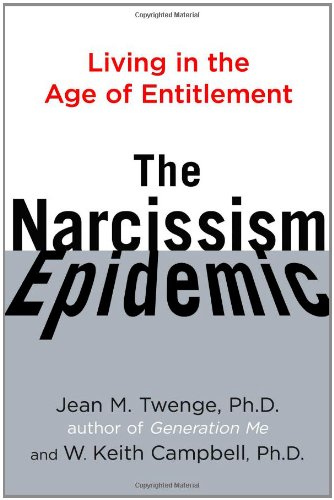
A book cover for The Narcissism Epidemic: Living in the Age of Entitlement; Jean M. Twenge; Politics & Social Sciences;